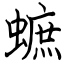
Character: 蟅